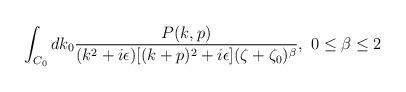
LaTeX: \begin{align*}\int_{C_0} dk_0{P(k,p)\over(k^2+i\epsilon)[(k+p)^2+i\epsilon](\zeta+\zeta_0)^\beta},\ 0\leq\beta\leq2\end{align*}